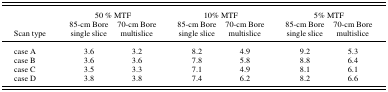
|  | <COLSPAN=2> 50 % MTF | <COLSPAN=2> 10% MTF | <COLSPAN=2> 5% MTF |
 | Scan type | 85‐cm Bore single slice | 70‐cm Bore multislice | 85‐cm Bore single slice | 70‐cm Bore multislice | 85‐cm Bore single slice | 70‐cm Bore multislice |
 | --- | --- | --- | --- | --- | --- | --- |
 | case A | 3.6 | 3.2 | 8.2 | 4.9 | 9.2 | 5.3 |
 | case B | 3.6 | 3.6 | 7.8 | 5.8 | 8.8 | 6.4 |
 | case C | 3.5 | 3.3 | 7.1 | 4.9 | 8.1 | 6.1 |
 | case D | 3.8 | 3.8 | 7.4 | 6.2 | 8.2 | 6.6 |